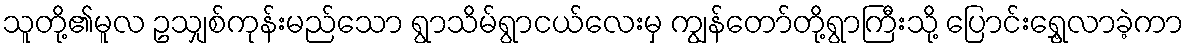
သူတို့၏မူလ ဥသျှစ်ကုန်းမည်သော ရွာသိမ်ရွာငယ်လေးမှ ကျွန်တော်တို့ရွာကြီးသို့ ပြောင်းရွှေ့လာခဲ့ကာ